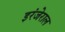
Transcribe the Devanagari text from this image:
इरंजेराल